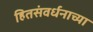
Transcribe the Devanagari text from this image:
हितसंवर्धनाच्या